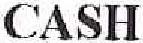
CASH